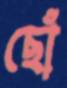
ছোঁ